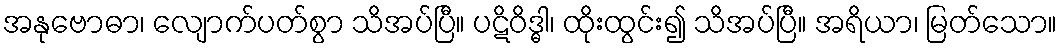
အနုဗောဓာ၊ လျောက်ပတ်စွာ သိအပ်ပြီ။ ပဋိဝိဒ္ဓါ၊ ထိုးထွင်း၍ သိအပ်ပြီ။ အရိယာ၊ မြတ်သော။